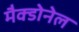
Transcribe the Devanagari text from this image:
मैक्डोनेल